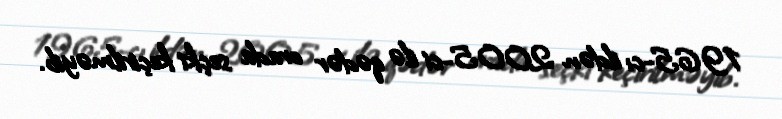
1965-cı ildən 2005-ci ilə qədər orada seçki keçirilməyib.